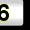
Digit: 6